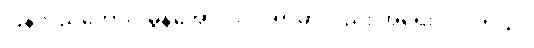
ပြန်လည်ကောင်းမွန်အောင် လုပ်ရာမှာလည်း အရေးပါပါတယ်။